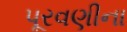
પૂરવણીના